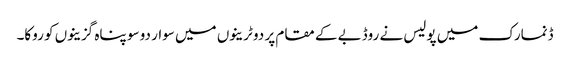
ڈنمارک میں پولیس نے روڈبے کے مقام پر دو ٹرینوں میں سوار دو سو پناہ گزینوں کو روکا۔